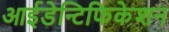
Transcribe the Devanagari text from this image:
आईडेन्टिफिकेशन